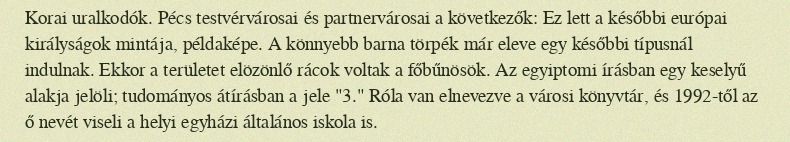
Korai uralkodók. Pécs testvérvárosai és partnervárosai a következők: Ez lett a későbbi európai királyságok mintája, példaképe. A könnyebb barna törpék már eleve egy későbbi típusnál indulnak. Ekkor a területet elözönlő rácok voltak a főbűnösök. Az egyiptomi írásban egy keselyű alakja jelöli; tudományos átírásban a jele "3." Róla van elnevezve a városi könyvtár, és 1992-től az ő nevét viseli a helyi egyházi általános iskola is.